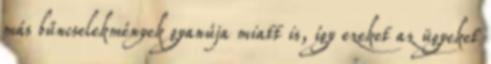
más bűncselekmények gyanúja miatt is, így ezeket az ügyeket